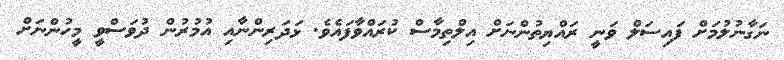
ނަގާނުލުމަށް ފައިސަލް ވަނީ ރައްޔިތުންނަށް އިލްތިމާސް ކުރައްވާފައެވެ. ޅަދަރިންނާއި އުމުރުން ދުވަސްވީ މީހުންނަށް